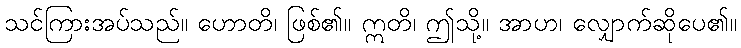
သင်ကြားအပ်သည်။ ဟောတိ၊ ဖြစ်၏။ ဣတိ၊ ဤသို့။ အာဟ၊ လျှောက်ဆိုပေ၏။